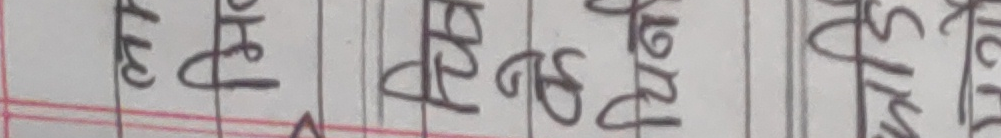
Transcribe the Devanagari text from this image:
शृष्टाण्ड होईलण्ड स्ट्रॉट